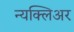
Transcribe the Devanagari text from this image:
न्यक्लिअर